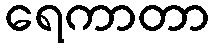
ရေကာတာ